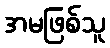
အမဖြစ်သူ